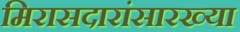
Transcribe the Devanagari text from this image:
मिरासदारांसारख्या